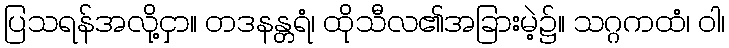
ပြသရန်အလို့ငှာ။ တဒနန္တရံ၊ ထိုသီလ၏အခြားမဲ့၌။ သဂ္ဂကထံ၊ ဝါ၊